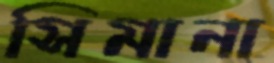
সিমানা